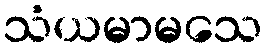
သံယမာမသေ